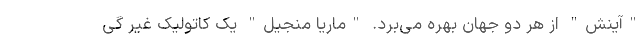
"آینش" از هر دو جهان بهره می‌برد. "ماریا منجیل" یک کاتولیک غیر گی